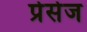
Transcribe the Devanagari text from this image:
प्रेसेज